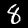
Label: 8